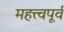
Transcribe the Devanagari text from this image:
महत्त्वपूर्व